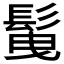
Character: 𩬲